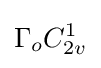
\Gamma _{o}C_{2v}^{1}